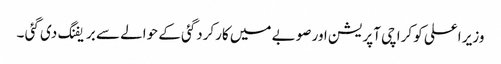
وزیر اعلی کو کراچی آپریشن اور صوبے میں کارکردگئی کے حوالے سے بریفنگ دی گئی ۔